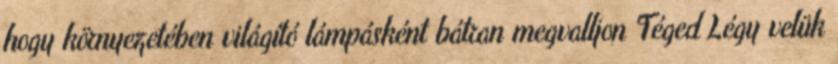
hogy környezetében világító lámpásként bátran megvalljon Téged Légy velük